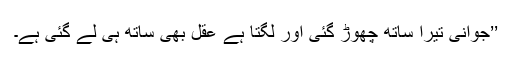
’’جوانی تیرا ساتھ چھوڑ گئی اور لگتا ہے عقل بھی ساتھ ہی لے گئی ہے۔